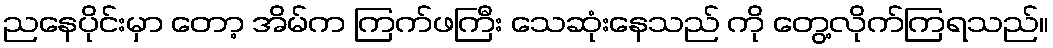
ညနေပိုင်းမှာ တော့ အိမ်က ကြက်ဖကြီး သေဆုံးနေသည် ကို တွေ့လိုက်ကြရသည်။